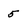
Character: 5